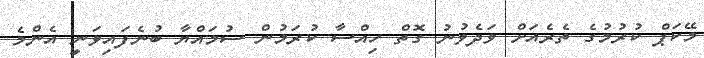
މޭކަޕް ކުރުމުގެ ތެރެއަށް ވަދެވުނު ގޮތް ހިއްސާ ކުރަމުން ސުމައްޔާ ބުނެފައިވަނީ އެންމެ